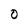
Character: O